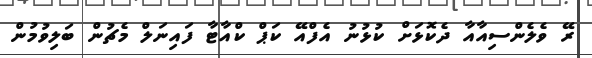
ރޭ ވެލެންސިއާއާ ދެކޮޅަށް ކުޅުނު އެފްއޭ ކަޕް ކްއާޓާ ފައިނަލް މެޗުން ބަލިވުމުން